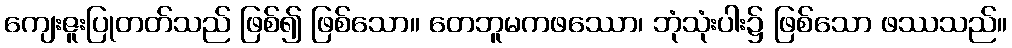
ကျေးဇူးပြုတတ်သည် ဖြစ်၍ ဖြစ်သော။ တေဘူမကဖဿော၊ ဘုံသုံးပါး၌ ဖြစ်သော ဖဿသည်။